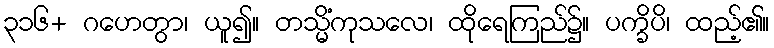
၃၁၆+ ဂဟေတွာ၊ ယူ၍။ တသ္မိံကုသလေ၊ ထိုရေကြည်၌။ ပက္ခိပိ၊ ထည့်၏။